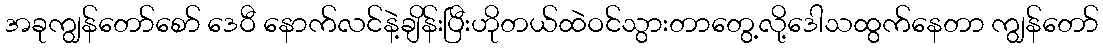
အခုကျွန်တော်စော် ဒေဝီ နောက်လင်နဲ့ချိန်းပြီးဟိုတယ်ထဲဝင်သွားတာတွေ့လို့ဒေါသထွက်နေတာ ကျွန်တော်